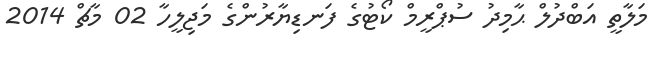
މަލާތީ އަބްދުލް ޙާމިދު ސުޕްރީމް ކޯޓުގެ ފަނޑިޔާރުންގެ މަޖިލީހާ 02 މާޗް 2014